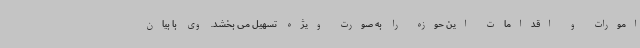
امورات و اقدامات این حوزه را به صورت ویژه تسهیل می بخشد. وی با بیان